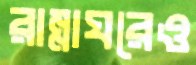
রান্নাঘরেও